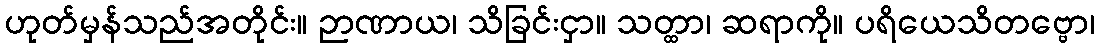
ဟုတ်မှန်သည်အတိုင်း။ ဉာဏာယ၊ သိခြင်းငှာ။ သတ္ထာ၊ ဆရာကို။ ပရိယေသိတဗ္ဗော၊